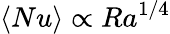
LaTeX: \langle Nu\rangle\propto Ra^{1/4}